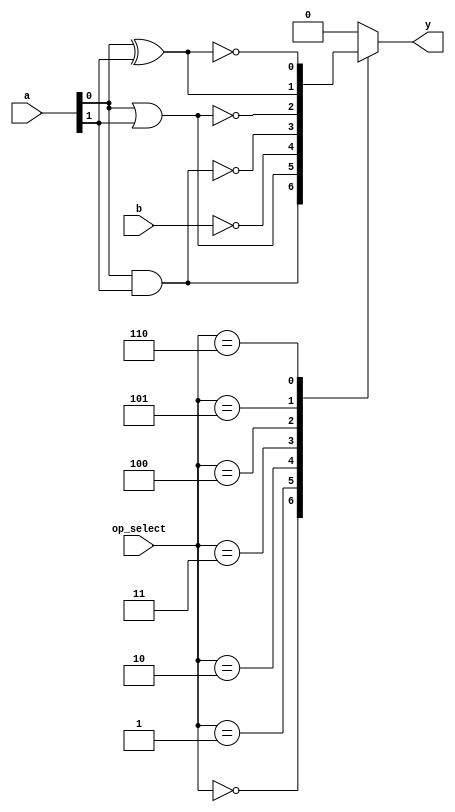
module covered_cell (
    input wire [1:0] a,          // 2-bit input for operations requiring two inputs
    input wire b,                // 1-bit input for operations requiring one input
    input wire [2:0] op_select,  // Operation selector
    output reg y                 // Output of the logical operation
);

// Operation selection
parameter AND_OP = 3'b000;
parameter OR_OP  = 3'b001;
parameter NOT_OP = 3'b010;
parameter NAND_OP = 3'b011;
parameter NOR_OP  = 3'b100;
parameter XOR_OP  = 3'b101;
parameter XNOR_OP = 3'b110;

always @(*) begin
    case (op_select)
        AND_OP:   y = a[0] & a[1];          // AND operation
        OR_OP:    y = a[0] | a[1];          // OR operation
        NOT_OP:   y = ~b;                   // NOT operation (single input)
        NAND_OP:  y = ~(a[0] & a[1]);       // NAND operation
        NOR_OP:   y = ~(a[0] | a[1]);       // NOR operation
        XOR_OP:   y = a[0] ^ a[1];          // XOR operation
        XNOR_OP:  y = ~(a[0] ^ a[1]);       // XNOR operation
        default:  y = 1'b0;                 // Default case
    endcase
end

endmodule